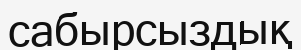
сабырсыздық